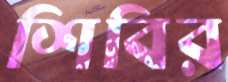
শিবির